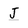
Character: J